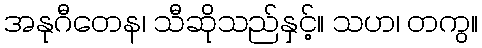
အနုဂီတေန၊ သီဆိုသည်နှင့်။ သဟ၊ တကွ။